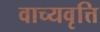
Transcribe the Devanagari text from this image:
वाच्यवृत्ति